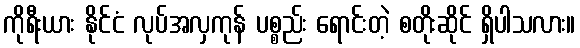
ကိုရီးယား နိုင်ငံ လုပ်အလှကုန် ပစ္စည်း ရောင်းတဲ့ စတိုးဆိုင် ရှိပါသလား။